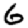
Digit: 6